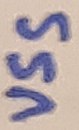
Text: VSS